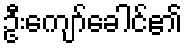
ဦးကျော်ခေါင်၏